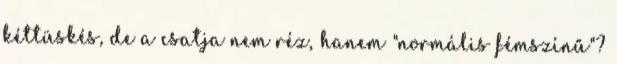
kéttüskés, de a csatja nem réz, hanem "normális fémszínű"?